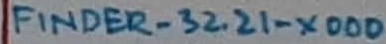
Text: FINDER-32.21.XD00